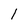
Character: 1